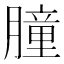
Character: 膧